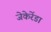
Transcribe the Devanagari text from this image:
जेकेरेंडा